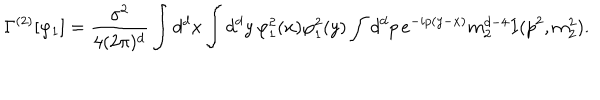
\Gamma ^ { ( 2 ) } [ \varphi _ { 1 } ] = \frac { \sigma ^ { 2 } } { 4 ( 2 \pi ) ^ { d } } \int d ^ { d } x \int d ^ { d } y \, \varphi _ { 1 } ^ { 2 } ( x ) \varphi _ { 1 } ^ { 2 } ( y ) \int d ^ { d } p \, e ^ { - i p ( y - x ) } m _ { 2 } ^ { d - 4 } I ( p ^ { 2 } , m _ { 2 } ^ { 2 } ) .